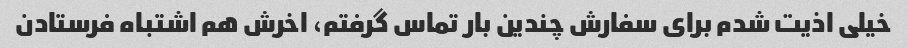
خیلی اذیت شدم برای سفارش چندین بار تماس گرفتم، اخرش هم اشتباه فرستادن